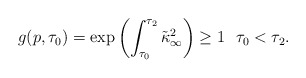
\begin{align*} g(p,\tau_0) = \exp\left(\int_{\tau_0}^{\tau_2}\tilde\kappa_\infty^2\right)\geq 1 \ \ \tau_0<\tau_2. \end{align*}